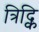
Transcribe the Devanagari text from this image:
त्रिद्कि